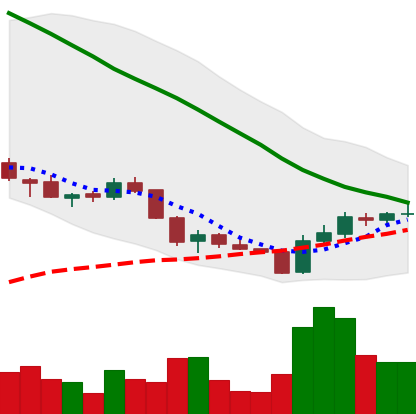
Ticker: ADA-USD
Chart end date: 2018-06-03
Forward return: -9.991%
Label: down_7plus